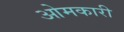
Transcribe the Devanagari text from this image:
ओमकारी